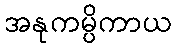
အနုကမ္ပိကာယ